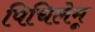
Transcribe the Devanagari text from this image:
पिचिलेमू